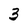
Character: 3